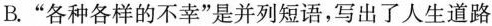
B.”各种各样的不幸”是并列短语，写出了人生道路